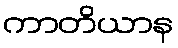
ကာတိယာန